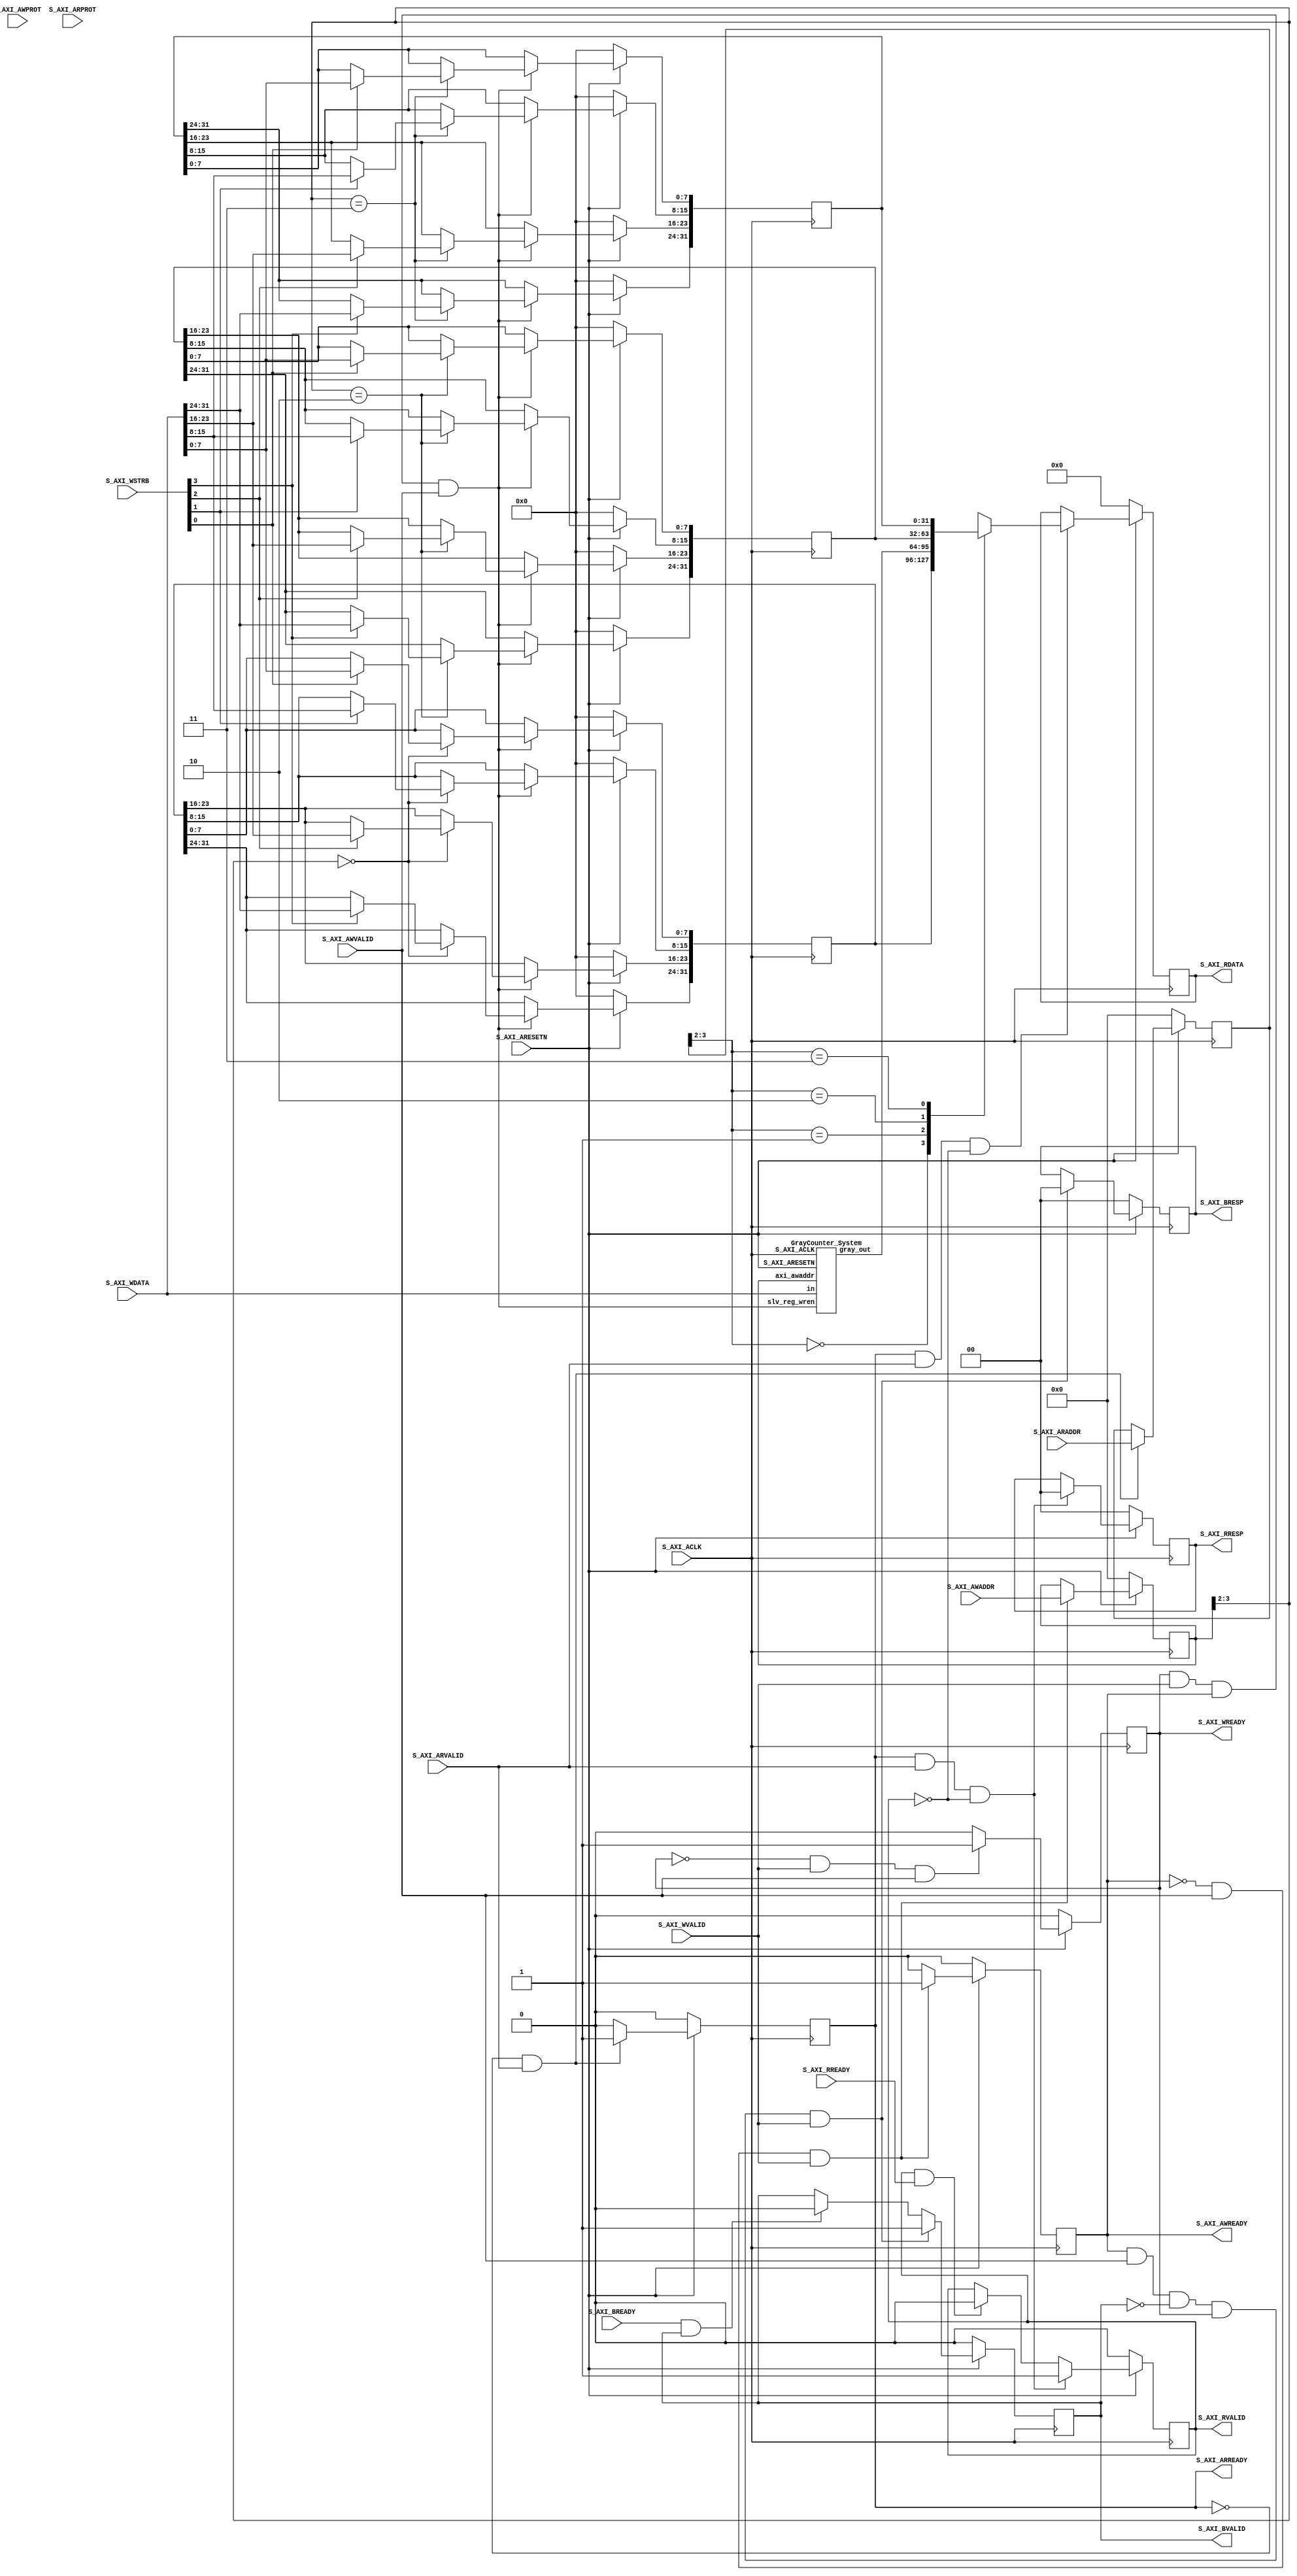

`timescale 1 ns / 1 ps

	module gray_counter_v1_0_S_AXI #
	(
		// Users to add parameters here

		// User parameters ends
		// Do not modify the parameters beyond this line

		// Width of S_AXI data bus
		parameter integer C_S_AXI_DATA_WIDTH	= 32,
		// Width of S_AXI address bus
		parameter integer C_S_AXI_ADDR_WIDTH	= 4
	)
	(
		// Users to add ports here
        
		// User ports ends
		// Do not modify the ports beyond this line

		// Global Clock Signal
		input wire  S_AXI_ACLK,
		// Global Reset Signal. This Signal is Active LOW
		input wire  S_AXI_ARESETN,
		// Write address (issued by master, acceped by Slave)
		input wire [C_S_AXI_ADDR_WIDTH-1 : 0] S_AXI_AWADDR,
		// Write channel Protection type. This signal indicates the
    		// privilege and security level of the transaction, and whether
    		// the transaction is a data access or an instruction access.
		input wire [2 : 0] S_AXI_AWPROT,
		// Write address valid. This signal indicates that the master signaling
    		// valid write address and control information.
		input wire  S_AXI_AWVALID,
		// Write address ready. This signal indicates that the slave is ready
    		// to accept an address and associated control signals.
		output wire  S_AXI_AWREADY,
		// Write data (issued by master, acceped by Slave) 
		input wire [C_S_AXI_DATA_WIDTH-1 : 0] S_AXI_WDATA,
		// Write strobes. This signal indicates which byte lanes hold
    		// valid data. There is one write strobe bit for each eight
    		// bits of the write data bus.    
		input wire [(C_S_AXI_DATA_WIDTH/8)-1 : 0] S_AXI_WSTRB,
		// Write valid. This signal indicates that valid write
    		// data and strobes are available.
		input wire  S_AXI_WVALID,
		// Write ready. This signal indicates that the slave
    		// can accept the write data.
		output wire  S_AXI_WREADY,
		// Write response. This signal indicates the status
    		// of the write transaction.
		output wire [1 : 0] S_AXI_BRESP,
		// Write response valid. This signal indicates that the channel
    		// is signaling a valid write response.
		output wire  S_AXI_BVALID,
		// Response ready. This signal indicates that the master
    		// can accept a write response.
		input wire  S_AXI_BREADY,
		// Read address (issued by master, acceped by Slave)
		input wire [C_S_AXI_ADDR_WIDTH-1 : 0] S_AXI_ARADDR,
		// Protection type. This signal indicates the privilege
    		// and security level of the transaction, and whether the
    		// transaction is a data access or an instruction access.
		input wire [2 : 0] S_AXI_ARPROT,
		// Read address valid. This signal indicates that the channel
    		// is signaling valid read address and control information.
		input wire  S_AXI_ARVALID,
		// Read address ready. This signal indicates that the slave is
    		// ready to accept an address and associated control signals.
		output wire  S_AXI_ARREADY,
		// Read data (issued by slave)
		output wire [C_S_AXI_DATA_WIDTH-1 : 0] S_AXI_RDATA,
		// Read response. This signal indicates the status of the
    		// read transfer.
		output wire [1 : 0] S_AXI_RRESP,
		// Read valid. This signal indicates that the channel is
    		// signaling the required read data.
		output wire  S_AXI_RVALID,
		// Read ready. This signal indicates that the master can
    		// accept the read data and response information.
		input wire  S_AXI_RREADY
	);

	// AXI4LITE signals
	reg [C_S_AXI_ADDR_WIDTH-1 : 0] 	axi_awaddr;
	reg  	axi_awready;
	reg  	axi_wready;
	reg [1 : 0] 	axi_bresp;
	reg  	axi_bvalid;
	reg [C_S_AXI_ADDR_WIDTH-1 : 0] 	axi_araddr;
	reg  	axi_arready;
	reg [C_S_AXI_DATA_WIDTH-1 : 0] 	axi_rdata;
	reg [1 : 0] 	axi_rresp;
	reg  	axi_rvalid;
    wire [31:0] gray_out;
	// Example-specific design signals
	// local parameter for addressing 32 bit / 64 bit C_S_AXI_DATA_WIDTH
	// ADDR_LSB is used for addressing 32/64 bit registers/memories
	// ADDR_LSB = 2 for 32 bits (n downto 2)
	// ADDR_LSB = 3 for 64 bits (n downto 3)
	localparam integer ADDR_LSB = (C_S_AXI_DATA_WIDTH/32) + 1;
	localparam integer OPT_MEM_ADDR_BITS = 1;
	//----------------------------------------------
	//-- Signals for user logic register space example
	//------------------------------------------------
	//-- Number of Slave Registers 4
	reg [C_S_AXI_DATA_WIDTH-1:0]	slv_reg0;
	reg [C_S_AXI_DATA_WIDTH-1:0]	slv_reg1;
	reg [C_S_AXI_DATA_WIDTH-1:0]	slv_reg2;
	reg [C_S_AXI_DATA_WIDTH-1:0]	slv_reg3;
	wire	 slv_reg_rden;
	wire	 slv_reg_wren;
	reg [C_S_AXI_DATA_WIDTH-1:0]	 reg_data_out;
	integer	 byte_index;

	// I/O Connections assignments

	assign S_AXI_AWREADY	= axi_awready;
	assign S_AXI_WREADY	= axi_wready;
	assign S_AXI_BRESP	= axi_bresp;
	assign S_AXI_BVALID	= axi_bvalid;
	assign S_AXI_ARREADY	= axi_arready;
	assign S_AXI_RDATA	= axi_rdata;
	assign S_AXI_RRESP	= axi_rresp;
	assign S_AXI_RVALID	= axi_rvalid;
	// Implement axi_awready generation
	// axi_awready is asserted for one S_AXI_ACLK clock cycle when both
	// S_AXI_AWVALID and S_AXI_WVALID are asserted. axi_awready is
	// de-asserted when reset is low.

	always @( posedge S_AXI_ACLK )
	begin
	  if ( S_AXI_ARESETN == 1'b0 )
	    begin
	      axi_awready <= 1'b0;
	    end 
	  else
	    begin    
	      if (~axi_awready && S_AXI_AWVALID && S_AXI_WVALID)
	        begin
	          // slave is ready to accept write address when 
	          // there is a valid write address and write data
	          // on the write address and data bus. This design 
	          // expects no outstanding transactions. 
	          axi_awready <= 1'b1;
	        end
	      else           
	        begin
	          axi_awready <= 1'b0;
	        end
	    end 
	end       

	// Implement axi_awaddr latching
	// This process is used to latch the address when both 
	// S_AXI_AWVALID and S_AXI_WVALID are valid. 

	always @( posedge S_AXI_ACLK )
	begin
	  if ( S_AXI_ARESETN == 1'b0 )
	    begin
	      axi_awaddr <= 0;
	    end 
	  else
	    begin    
	      if (~axi_awready && S_AXI_AWVALID && S_AXI_WVALID)
	        begin
	          // Write Address latching 
	          axi_awaddr <= S_AXI_AWADDR;
	        end
	    end 
	end       

	// Implement axi_wready generation
	// axi_wready is asserted for one S_AXI_ACLK clock cycle when both
	// S_AXI_AWVALID and S_AXI_WVALID are asserted. axi_wready is 
	// de-asserted when reset is low. 

	always @( posedge S_AXI_ACLK )
	begin
	  if ( S_AXI_ARESETN == 1'b0 )
	    begin
	      axi_wready <= 1'b0;
	    end 
	  else
	    begin    
	      if (~axi_wready && S_AXI_WVALID && S_AXI_AWVALID)
	        begin
	          // slave is ready to accept write data when 
	          // there is a valid write address and write data
	          // on the write address and data bus. This design 
	          // expects no outstanding transactions. 
	          axi_wready <= 1'b1;
	        end
	      else
	        begin
	          axi_wready <= 1'b0;
	        end
	    end 
	end       

	// Implement memory mapped register select and write logic generation
	// The write data is accepted and written to memory mapped registers when
	// axi_awready, S_AXI_WVALID, axi_wready and S_AXI_WVALID are asserted. Write strobes are used to
	// select byte enables of slave registers while writing.
	// These registers are cleared when reset (active low) is applied.
	// Slave register write enable is asserted when valid address and data are available
	// and the slave is ready to accept the write address and write data.
	assign slv_reg_wren = axi_wready && S_AXI_WVALID && axi_awready && S_AXI_AWVALID;

	always @( posedge S_AXI_ACLK )
	begin
	  if ( S_AXI_ARESETN == 1'b0 )
	    begin
	      slv_reg0 <= 0;
	      slv_reg1 <= 0;
	      slv_reg2 <= 0;
	      slv_reg3 <= 0;
	    end 
	  else begin
	    if (slv_reg_wren)
	      begin
	        case ( axi_awaddr[ADDR_LSB+OPT_MEM_ADDR_BITS:ADDR_LSB] )
	          2'h0:
	            for ( byte_index = 0; byte_index <= (C_S_AXI_DATA_WIDTH/8)-1; byte_index = byte_index+1 )
	              if ( S_AXI_WSTRB[byte_index] == 1 ) begin
	                // Respective byte enables are asserted as per write strobes 
	                // Slave register 0
	                slv_reg0[(byte_index*8) +: 8] <= S_AXI_WDATA[(byte_index*8) +: 8];
	              end  
	          2'h1:
	            for ( byte_index = 0; byte_index <= (C_S_AXI_DATA_WIDTH/8)-1; byte_index = byte_index+1 )
	              if ( S_AXI_WSTRB[byte_index] == 1 ) begin
	                // Respective byte enables are asserted as per write strobes 
	                // Slave register 1
	                slv_reg1[(byte_index*8) +: 8] <= S_AXI_WDATA[(byte_index*8) +: 8];
	              end  
	          2'h2:
	            for ( byte_index = 0; byte_index <= (C_S_AXI_DATA_WIDTH/8)-1; byte_index = byte_index+1 )
	              if ( S_AXI_WSTRB[byte_index] == 1 ) begin
	                // Respective byte enables are asserted as per write strobes 
	                // Slave register 2
	                slv_reg2[(byte_index*8) +: 8] <= S_AXI_WDATA[(byte_index*8) +: 8];
	              end  
	          2'h3:
	            for ( byte_index = 0; byte_index <= (C_S_AXI_DATA_WIDTH/8)-1; byte_index = byte_index+1 )
	              if ( S_AXI_WSTRB[byte_index] == 1 ) begin
	                // Respective byte enables are asserted as per write strobes 
	                // Slave register 3
	                slv_reg3[(byte_index*8) +: 8] <= S_AXI_WDATA[(byte_index*8) +: 8];
	              end  
	          default : begin
	                      slv_reg0 <= slv_reg0;
	                      slv_reg1 <= slv_reg1;
	                      slv_reg2 <= slv_reg2;
	                      slv_reg3 <= slv_reg3;
	                    end
	        endcase
	      end
	  end
	end    

	// Implement write response logic generation
	// The write response and response valid signals are asserted by the slave 
	// when axi_wready, S_AXI_WVALID, axi_wready and S_AXI_WVALID are asserted.  
	// This marks the acceptance of address and indicates the status of 
	// write transaction.

	always @( posedge S_AXI_ACLK )
	begin
	  if ( S_AXI_ARESETN == 1'b0 )
	    begin
	      axi_bvalid  <= 0;
	      axi_bresp   <= 2'b0;
	    end 
	  else
	    begin    
	      if (axi_awready && S_AXI_AWVALID && ~axi_bvalid && axi_wready && S_AXI_WVALID)
	        begin
	          // indicates a valid write response is available
	          axi_bvalid <= 1'b1;
	          axi_bresp  <= 2'b0; // 'OKAY' response 
	        end                   // work error responses in future
	      else
	        begin
	          if (S_AXI_BREADY && axi_bvalid) 
	            //check if bready is asserted while bvalid is high) 
	            //(there is a possibility that bready is always asserted high)   
	            begin
	              axi_bvalid <= 1'b0; 
	            end  
	        end
	    end
	end   

	// Implement axi_arready generation
	// axi_arready is asserted for one S_AXI_ACLK clock cycle when
	// S_AXI_ARVALID is asserted. axi_awready is 
	// de-asserted when reset (active low) is asserted. 
	// The read address is also latched when S_AXI_ARVALID is 
	// asserted. axi_araddr is reset to zero on reset assertion.

	always @( posedge S_AXI_ACLK )
	begin
	  if ( S_AXI_ARESETN == 1'b0 )
	    begin
	      axi_arready <= 1'b0;
	      axi_araddr  <= 32'b0;
	    end 
	  else
	    begin    
	      if (~axi_arready && S_AXI_ARVALID)
	        begin
	          // indicates that the slave has acceped the valid read address
	          axi_arready <= 1'b1;
	          // Read address latching
	          axi_araddr  <= S_AXI_ARADDR;
	        end
	      else
	        begin
	          axi_arready <= 1'b0;
	        end
	    end 
	end       

	// Implement axi_arvalid generation
	// axi_rvalid is asserted for one S_AXI_ACLK clock cycle when both 
	// S_AXI_ARVALID and axi_arready are asserted. The slave registers 
	// data are available on the axi_rdata bus at this instance. The 
	// assertion of axi_rvalid marks the validity of read data on the 
	// bus and axi_rresp indicates the status of read transaction.axi_rvalid 
	// is deasserted on reset (active low). axi_rresp and axi_rdata are 
	// cleared to zero on reset (active low).  
	always @( posedge S_AXI_ACLK )
	begin
	  if ( S_AXI_ARESETN == 1'b0 )
	    begin
	      axi_rvalid <= 0;
	      axi_rresp  <= 0;
	    end 
	  else
	    begin    
	      if (axi_arready && S_AXI_ARVALID && ~axi_rvalid)
	        begin
	          // Valid read data is available at the read data bus
	          axi_rvalid <= 1'b1;
	          axi_rresp  <= 2'b0; // 'OKAY' response
	        end   
	      else if (axi_rvalid && S_AXI_RREADY)
	        begin
	          // Read data is accepted by the master
	          axi_rvalid <= 1'b0;
	        end                
	    end
	end    

	// Implement memory mapped register select and read logic generation
	// Slave register read enable is asserted when valid address is available
	// and the slave is ready to accept the read address.
	assign slv_reg_rden = axi_arready & S_AXI_ARVALID & ~axi_rvalid;
	always @(*)
	begin
	      // Address decoding for reading registers
	      case ( axi_araddr[ADDR_LSB+OPT_MEM_ADDR_BITS:ADDR_LSB] )
	        2'h0   : reg_data_out <= slv_reg0;
	        2'h1   : reg_data_out <= gray_out;
	        2'h2   : reg_data_out <= slv_reg2;
	        2'h3   : reg_data_out <= slv_reg3;
	        default : reg_data_out <= 0;
	      endcase
	end

	// Output register or memory read data
	always @( posedge S_AXI_ACLK )
	begin
	  if ( S_AXI_ARESETN == 1'b0 )
	    begin
	      axi_rdata  <= 0;
	    end 
	  else
	    begin    
	      // When there is a valid read address (S_AXI_ARVALID) with 
	      // acceptance of read address by the slave (axi_arready), 
	      // output the read dada 
	      if (slv_reg_rden)
	        begin
	          axi_rdata <= reg_data_out;     // register read data
	        end   
	    end
	end    

	// Add user logic here
    GrayCounter_System SYS( S_AXI_WDATA, S_AXI_ACLK, S_AXI_ARESETN, slv_reg_wren, axi_awaddr, gray_out);
	// User logic ends

	endmodule
   /*********************************************************************/
    module GrayCounter_System( in, S_AXI_ACLK, S_AXI_ARESETN, slv_reg_wren, axi_awaddr, gray_out);
      parameter N = 8;
   
        input S_AXI_ACLK, S_AXI_ARESETN,slv_reg_wren;
        input [3:0] axi_awaddr;
        input [31:0] in;
        output [31:0] gray_out;
        wire clean0,clean1,control_reset;
        wire [N-1:0]gray_middle;
        reg btn0,btn1;
       
        assign gray_out[31:N] = 0;  
        assign gray_out[N-1:0] = gray_middle;
        always @( posedge S_AXI_ACLK )
         begin
         if ( S_AXI_ARESETN == 1'b0 ) begin
            btn0 <= 1'b0;
            btn1 <= 1'b0;
         end else begin 
         if ((slv_reg_wren == 1) && (axi_awaddr == 0)) begin
            btn0 <= in[0];
            btn1 <= in[1];
            //btn0 <= 1'b0;
            //btn1 <= 1'b0;
         end
         end
         end
       
        debounce #(1000000) DEB0(~S_AXI_ARESETN, S_AXI_ACLK, btn0, clean0);
        debounce #(1000000) DEB1(~S_AXI_ARESETN, S_AXI_ACLK, btn1, clean1);
        
        gray_control CTRL(S_AXI_ACLK,~S_AXI_ARESETN,clean0,clean1,clk_en,control_reset);
       
        gray_Nbits OUT(S_AXI_ACLK, clk_en, ~S_AXI_ARESETN, control_reset, gray_middle);
        
    endmodule
   /*********************************************************************/
module debounce #(parameter DELAY=1000000)   // .01 sec with a 100 Mhz clock
                    (input reset, clock, noisy, output reg clean);

      reg [19:0] count;
      reg temp;
   
      always @ (posedge clock or posedge reset)
           if(reset == 1'b1)
               begin    
                   count <= 20'b0;
                   clean <= 1'b0;
                   temp <= 1'b0;
               end
           else 
               begin
                   if(noisy)                
                       begin
                           if(count == DELAY)
                               begin
                                   clean <= temp;
                               end
                           else
                               begin
                                   temp <= noisy;
                                   clean <= clean;
                                   count <= count + 1'b1;
                               end
                       end
                   else
                       begin
                           count <= 20'b0;
                           clean <= 1'b0;
                       end
               end
         
   endmodule
   /*******************************************************************/
   module gray_control(clk,rst,clean0,clean1,clk_en,control_reset);
   
   parameter distance = 27'd100_000_000;
   
   input clk,rst,clean0,clean1;
   output reg clk_en;
   output control_reset;
   
   reg state,nextstate;
   reg [26:0]counter;
   
   parameter S0 = 1'b0;
   parameter S1 = 1'b1;
  
   
   assign control_reset = clean0&clean1;
   
   always@(state,clean0,clean1,counter)
       begin
			
			case(state)
               S0:
                   begin    
                       if(counter == distance)
                           begin
                           clk_en = 1'b1;
                       end else
                           begin
                           clk_en = 1'b0;
                           end
                       if(clean1)
                           nextstate = S1;
                       else
                           nextstate = S0;
                   end
               S1:
                   begin
                       
                       clk_en = 1'b0;
                       if(clean0&&(~clean1))
                           nextstate = S0;
                       else
                           nextstate = S1;
                   end
               default:begin
                   clk_en = 1'b0;
                   nextstate = S0;
               end 
           endcase
       end
   
   always@(posedge clk, posedge rst)
       begin
           if(rst == 1'b1)
               counter <= 27'b0;
           else
               if(state == S0)
                   begin
                       if(counter == distance)
                           begin
                               counter <=27'b0;
                           end
                       else begin
                           counter <= counter + 1'b1;
                       end
                   end else begin
                       counter <= 27'b0;
                   end
   end
   
   always @(posedge clk, posedge rst)
       begin
           if(rst == 1'b1)
               state <= 1'b0;
           else
               state <= nextstate;
       end
   
   endmodule
/*************************************************************************/

module gray_Nbits (clk, clk_en, rst, control_reset, gray_out);
	parameter N = 8;
	parameter SIZE =(N+1);
	parameter Zeros = {SIZE{1'b0}};
	// Place the definition of wires and regs here
	input clk,rst,clk_en,control_reset;
	reg [N:0]state;
	reg [N:0]toggle;
	reg [N-1:0]check;
	output [N-1:0]gray_out;
	integer i,j,k;
	// The state of the Gray counter
	always @(posedge clk, posedge rst)
		begin
			if (rst == 1'b1)
				// Initialize state with 1000..00
				state = {1'b1,{N{1'b0}}};
			else begin
			if(control_reset)begin
				state = {1'b1,{N{1'b0}}};
            end	else
				begin
				if(clk_en)
					begin
					// Main part of code
					for(k = 0; k <= N; k = k+1)
						begin
							state[k] = state[k] + toggle[k];
						end		
					end
				end
		end
	end
  
  
	// The combinational logic produces the toggle[N:0] signals
	always @(posedge clk) 
		begin     
			check = 0;
			
			toggle[0] =  1'b1;
			toggle[1] = state[0];	
			check[1] = check[1] | state[0];
			for (i=2; i<N; i=i+1) 
				begin	
				// Here goes your code	
					for(j = 0; j<i; j = j+1)
						begin
							check[i] = check[i] | state[j];
						end
					toggle[i] = state[i-1] & !check[i-1];
				end 
			toggle[N] = !(check[i-1]);
			
		
	end
	assign gray_out=state[N:1];
	 
endmodule